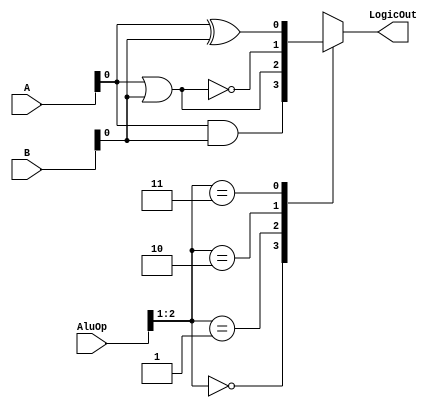
module Logic(A,B,AluOp,LogicOut);
input [31:0] A,B;
input [3:0] AluOp;
output reg LogicOut;
wire [31:0] AND,OR,NOR,XOR;

and(AND,A,B);
or(OR,A,B);
nor(NOR,A,B);
xor(XOR,A,B);

always @ (*) 
    case(AluOp[2:1])
        0: LogicOut <= AND;
        1: LogicOut <= OR;
        2: LogicOut <= NOR;
        3: LogicOut <= XOR;
    endcase
endmodule